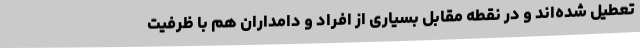
تعطیل شده‌اند و در نقطه مقابل بسیاری از افراد و دامداران هم با ظرفیت